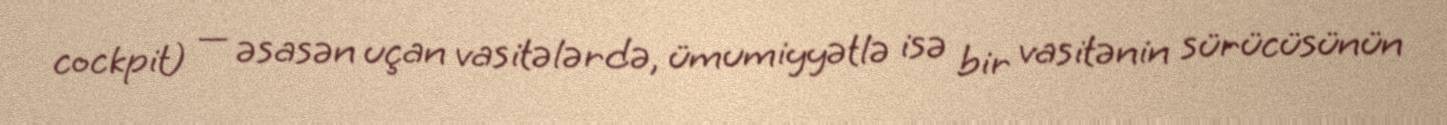
cockpit) — əsasən uçan vasitələrdə, ümumiyyətlə isə bir vasitənin sürücüsünün